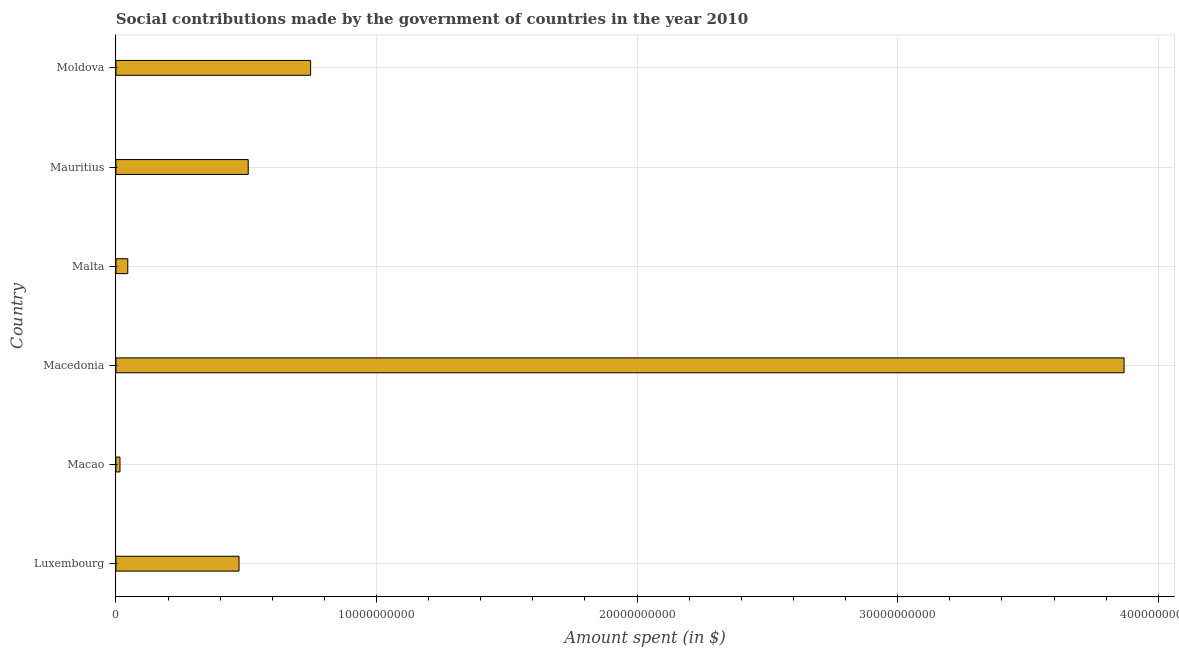
| Country | Social contributions |
 | --- | --- |
 | Luxembourg | 4.73e+09 |
 | Macao | 1.57e+08 |
 | Macedonia | 3.87e+10 |
 | Malta | 4.56e+08 |
 | Mauritius | 5.08e+09 |
 | Moldova | 7.47e+09 |